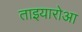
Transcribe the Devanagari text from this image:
ताइयारोआ